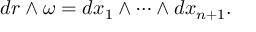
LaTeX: d r \wedge \omega = d x _ { 1 } \wedge \cdots \wedge d x _ { n + 1 } .